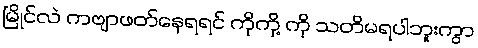
မြိုင်လဲ ကဗျာဖတ်နေရရင် ကိုကို့ ကို သတိမရပါဘူးကွာ